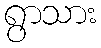
ရွာသား